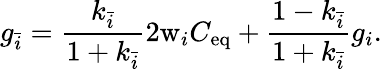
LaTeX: g_{\bar{i}}=\frac{k_{\bar{i}}}{1+k_{\bar{i}}}2\mathrm{w}_{i}C_{\mathrm{eq}}+\frac{1-k_{\bar{i}}}{1+k_{\bar{i}}}g_{i}.